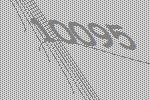
10095